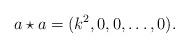
LaTeX: \begin{align*} a\star a=(k^2,0,0,\dots,0). \end{align*}